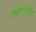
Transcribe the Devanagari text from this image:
इस्त्रोपोलिस